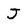
Character: J